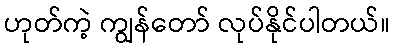
ဟုတ်ကဲ့ ကျွန်တော် လုပ်နိုင်ပါတယ်။